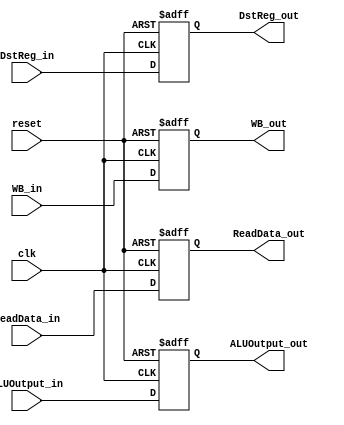
`timescale 1ns / 1ps

module MEM_WB(
    output reg [31:0] ReadData_out,
    output reg [31:0] ALUOutput_out,
    output reg [4:0] DstReg_out,
    output reg [1:0] WB_out,
    input [31:0] ReadData_in,
    input [31:0] ALUOutput_in,
    input [4:0] DstReg_in,
    input [1:0] WB_in,
    input clk,
    input reset
    );
    
    always@(posedge clk or posedge reset)
    begin
    if (reset)
    begin
    ReadData_out <= 0;
    ALUOutput_out <= 0;
    DstReg_out <= 0;
    WB_out <= 0;
    end
    else
    begin
    ReadData_out <= ReadData_in;
    ALUOutput_out <= ALUOutput_in;
    DstReg_out <= DstReg_in;
    WB_out <= WB_in;
    end
    end
endmodule